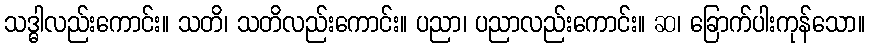
သဒ္ဓါလည်းကောင်း။ သတိ၊ သတိလည်းကောင်း။ ပညာ၊ ပညာလည်းကောင်း။ ဆ၊ ခြောက်ပါးကုန်သော။